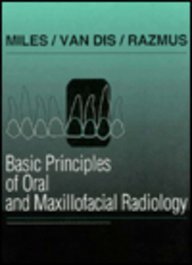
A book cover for Basic Principles of Oral and Maxillofacial Radiology; Dale A. Miles; Medical Books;